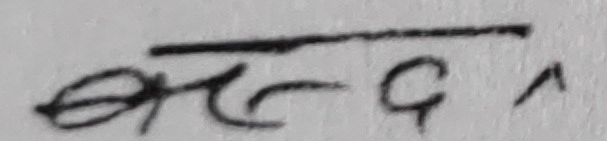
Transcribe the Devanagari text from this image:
बस्द